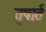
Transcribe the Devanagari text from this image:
तृषार्त